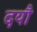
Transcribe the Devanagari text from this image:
दयौ